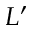
L ^ { \prime }